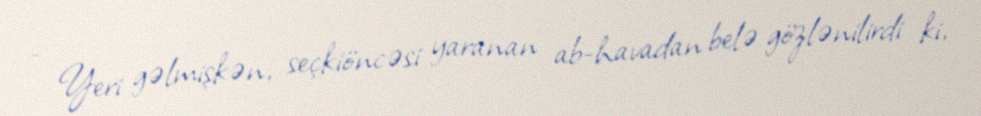
- Yeri gəlmişkən, seçkiöncəsi yaranan ab-havadan belə gözlənilirdi ki,